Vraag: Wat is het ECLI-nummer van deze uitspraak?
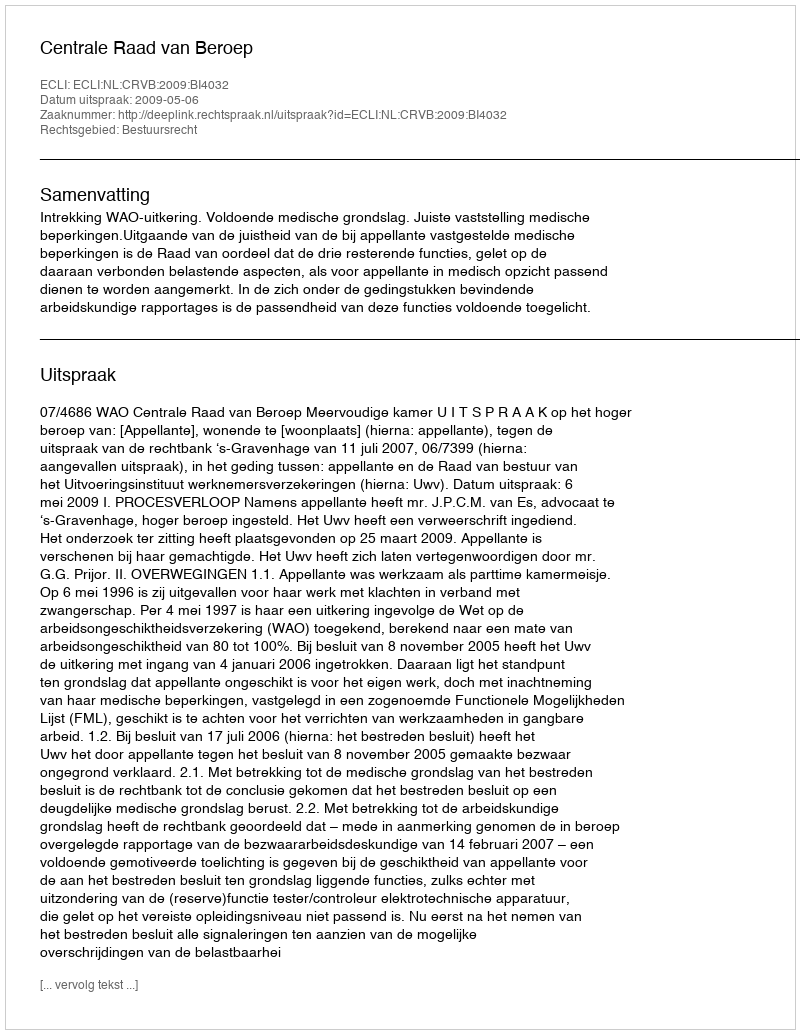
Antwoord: ECLI:NL:CRVB:2009:BI4032